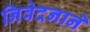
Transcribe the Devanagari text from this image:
निवेदनाने